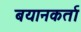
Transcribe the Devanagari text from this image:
बयानकर्ता